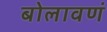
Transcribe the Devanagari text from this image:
बोलावणं